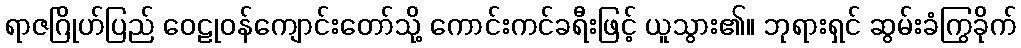
ရာဇဂြိုဟ်ပြည် ဝေဠုဝန်ကျောင်းတော်သို့ ကောင်းကင်ခရီးဖြင့် ယူသွား၏။ ဘုရားရှင် ဆွမ်းခံကြွခိုက်